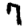
Digit: 7